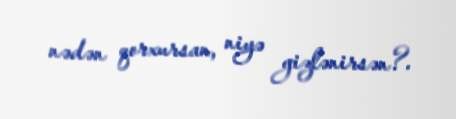
nədən qorxursan, niyə gizlənirsən?.